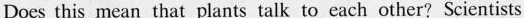
Does this mean that plants talk to each other? Scientists